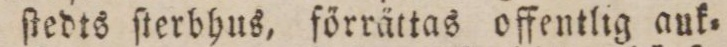
ſtedts ſterbhus, förrättas offentlig auk=